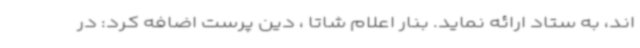
اند، به ستاد ارائه نماید. بنار اعلام شاتا ، دین پرست اضافه کرد: در